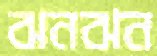
ঝনঝন